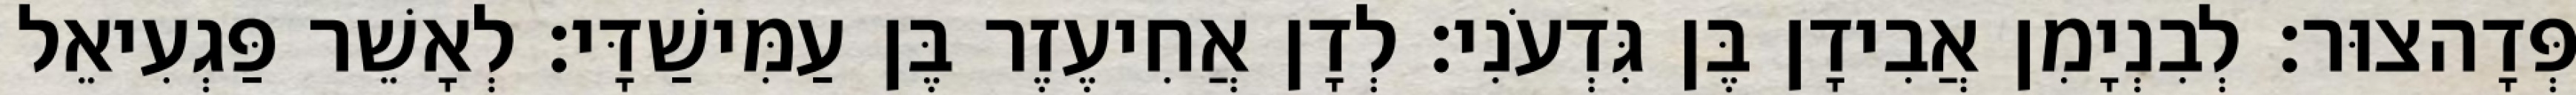
פְּדָהצוּר׃ לְבִנְיָמִן אֲבִידָן בֶּן גִּדְעֹנִי׃ לְדָן אֲחִיעֶזֶר בֶּן עַמִּישַׁדָּי׃ לְאָשֵׁר פַּגְעִיאֵל